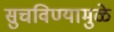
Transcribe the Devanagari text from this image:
सुचविण्यामुळे